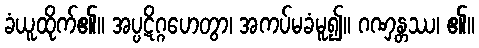
ခံယူထိုက်၏။ အပ္ပဋိဂ္ဂဟေတွာ၊ အကပ်မခံမူ၍။ ဂဏှန္တဿ၊ ၏။